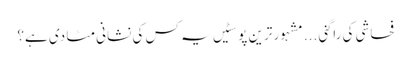
فحاشی کی راگنی ...	مشہور ترین پوسٹیں	یہ کس کی نشانی مٹا دی ہے؟